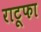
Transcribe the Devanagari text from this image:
राटूफा